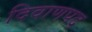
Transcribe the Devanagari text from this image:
दिवाणपद